Indian journal of veterinary science and animal husbandry - Volume 10,
Year: 1940
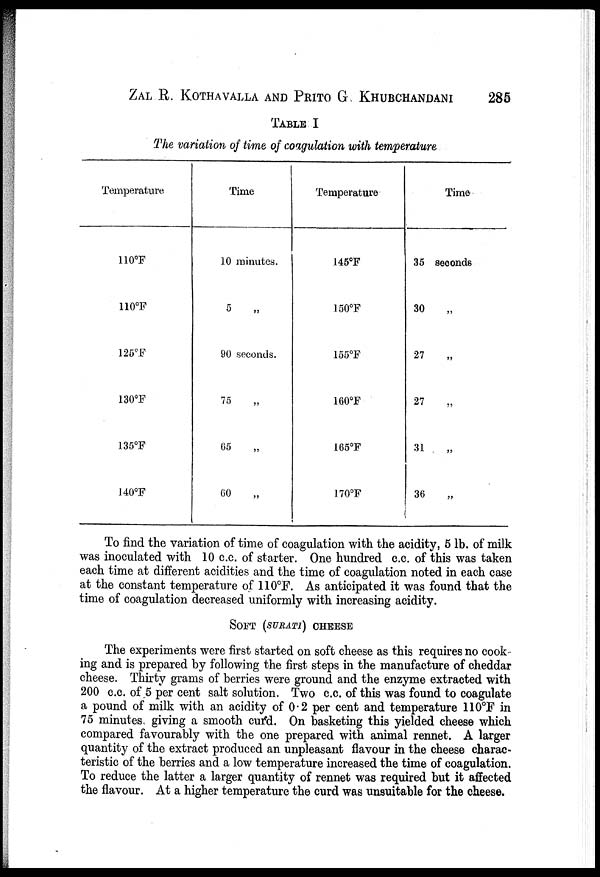
ZAL R. KOTHAVALLA AND PRITO G. KHUBCHANDANI 285
TABLE I
The variation of time of coagulation with temperature
Temperature
110°F
110°F
125°F
130°F
135°F
140°F
Time
10 minutes.
5
„
90 seconds.
75 „
65 „
60 „
Temperature
145°F
150°F
155°F
160°F
165°F
170°F
Time
35 seconds
30 „
27 „
27 „
31
„
36 „
To find the variation of time of coagulation with the acidity, 5 lb. of milk
was inoculated with 10 c.c. of starter. One hundred c.c. of this was taken
each time at different acidities and the time of coagulation noted in each case
at the constant temperature of 110°F. As anticipated it was found that the
time of coagulation decreased uniformly with increasing acidity.
SOFT (SURATI) CHEESE
The experiments were first started on soft cheese as this requires no cook-
ing and is prepared by following the first steps in the manufacture of cheddar
cheese. Thirty grams of berries were ground and the enzyme extracted with
200 c.c. of 5 per cent salt solution. Two c.c. of this was found to coagulate
a pound of milk with an acidity of 0.2 per cent and temperature 110°F in
75 minutes giving a smooth curd. On basketing this yielded cheese which
compared favourably with the one prepared with animal rennet. A larger
quantity of the extract produced an unpleasant flavour in the cheese charac-
teristic of the berries and a low temperature increased the time of coagulation.
To reduce the latter a larger quantity of rennet was required but it affected
the flavour. At a higher temperature the curd was unsuitable for the cheese.